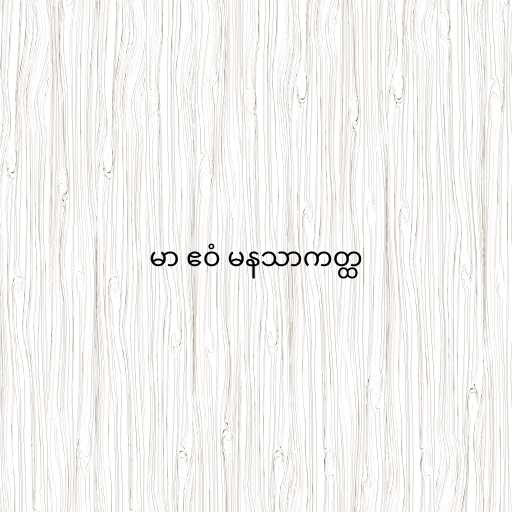
မာ ဧဝံ မနသာကတ္ထ